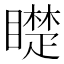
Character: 𱳋